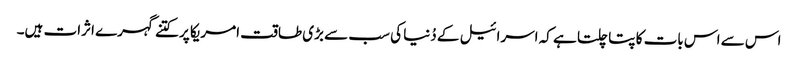
اس سے اس بات کا پتا چلتا ہے کہ اسرائیل کے دُنیا کی سب سے بڑی طاقت امریکا پر کتنے گہرے اثرات ہیں۔